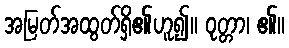
အမြတ်အထွတ်ရှိ၏ဟူ၍။ ဝုတ္တာ၊ ၏။